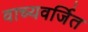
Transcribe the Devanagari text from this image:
वाच्यवर्जित